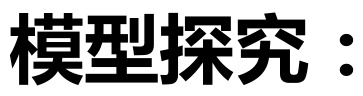
模型探究：